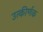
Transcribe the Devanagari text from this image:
उत्कीर्णक